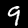
Digit: 9